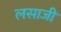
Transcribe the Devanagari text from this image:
लसाजी